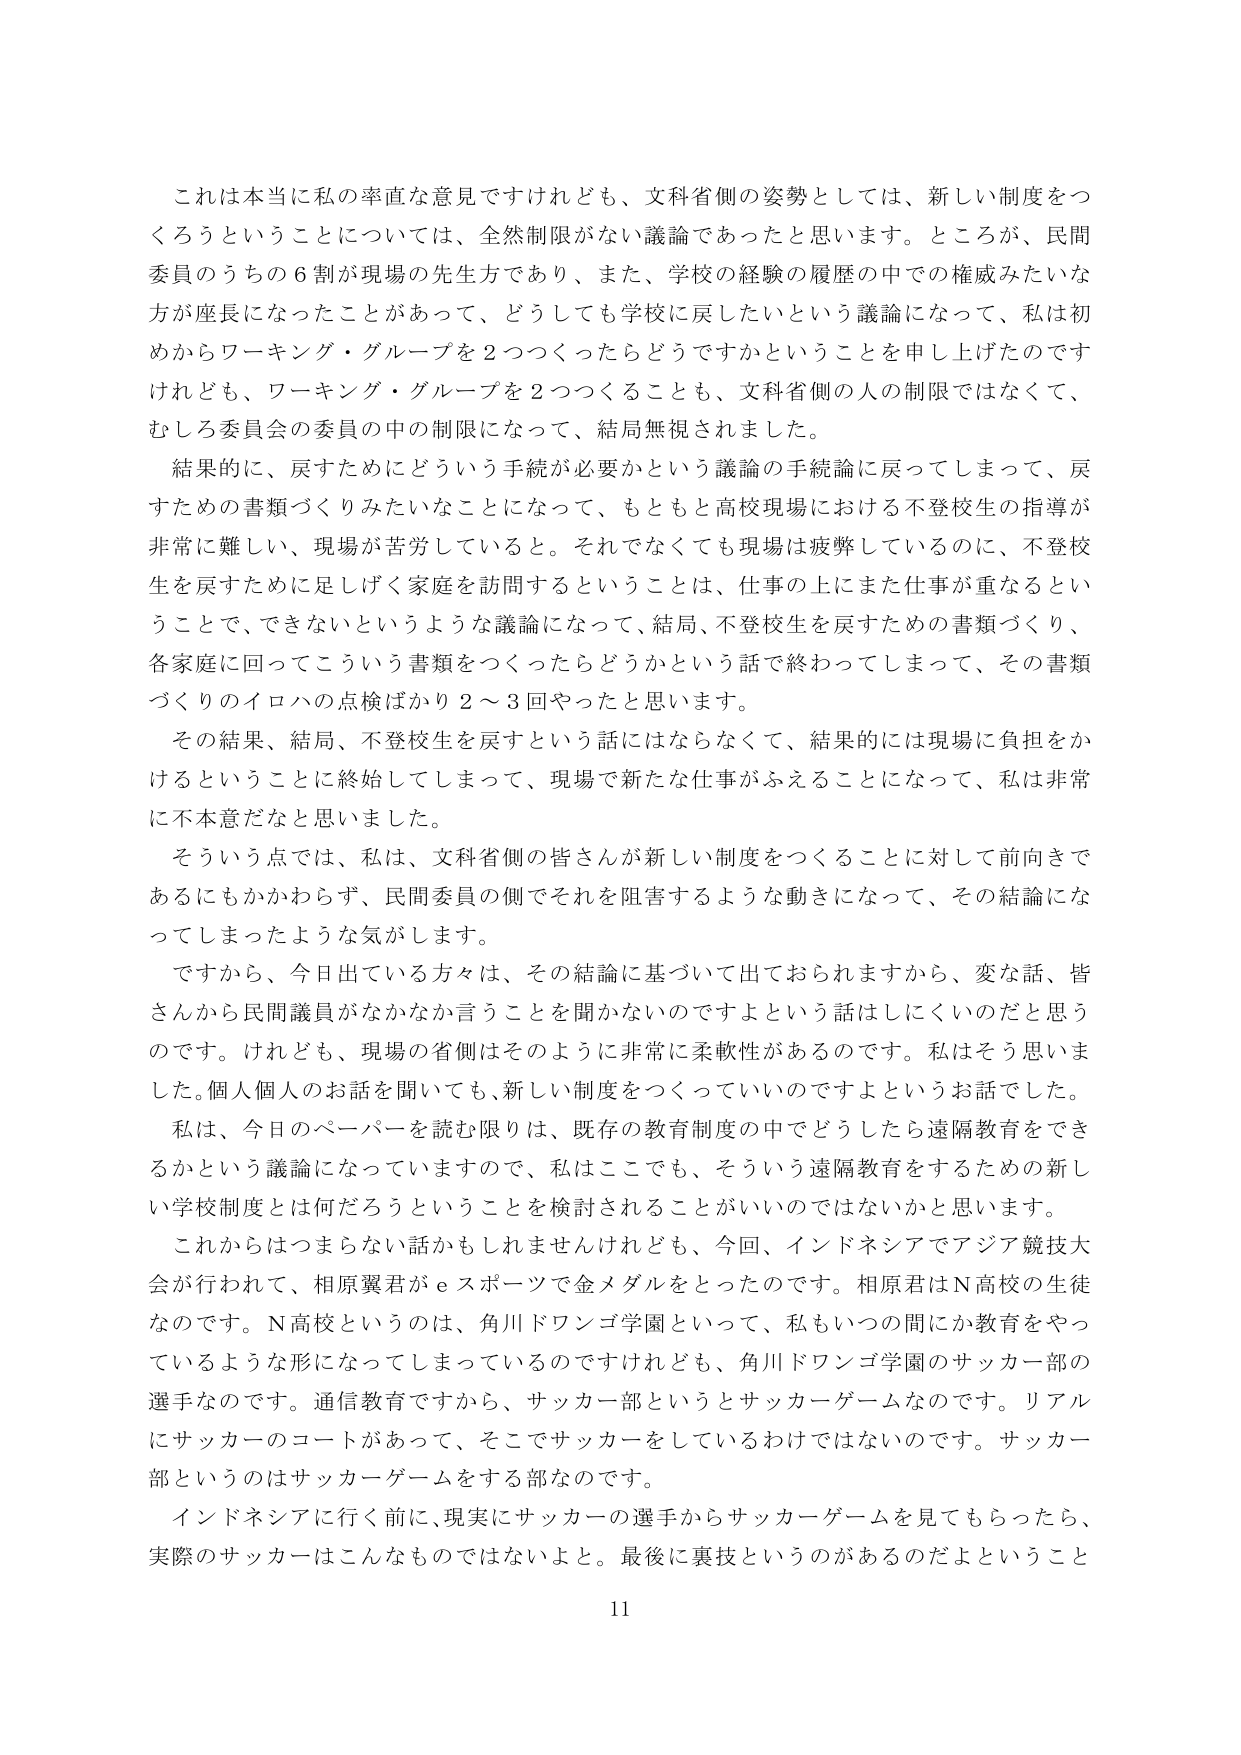
これは本当に私の率直な意見ですけれども、文科省側の姿勢としては、新しい制度をつくるということについては、全然制限がない議論であったと思います。ところが、民間委員のうちの６割が現場の先生方であり、また、学校の経験の履歴の中での権威みたいな方が座長になったことがあって、どうしても学校に戻したいという議論になって、私は初めからワーキング・グループを２つつくったらどうですかということを申し上げたのですけれども、ワーキング・グループを２つつくることも、文科省側の人の制限ではなくて、むしろ委員会の委員の中の制限になって、結局無視されました。

結果的に、戻すためにどういう手続が必要かという議論の手続論に戻ってしまって、戻すための書類づくりみたいなことになって、もともと高校現場における不登校生の指導が非常に難しい、現場が苦労していると。それでなくても現場は疲弊しているのに、不登校生を戻すために足しげく家庭を訪問するということは、仕事の上にまた仕事が重なるということで、できないというような議論になって、結局、不登校生を戻すための書類づくり、各家庭に回ってこういう書類をつくったらどうかという話で終わってしまって、その書類づくりのイロハの点検ばかり２～３回やったと思います。

その結果、結局、不登校生を戻すという話にはならなくて、結果的には現場に負担をかけるということに終始してしまって、現場で新たな仕事がふえることになって、私は非常に不本意だなと思いました。

そういう点では、私は、文科省側の皆さんが新しい制度をつくることに対して前向きであるにもかかわらず、民間委員の側でそれを阻害するような動きになって、その結論になってしまったような気がします。

ですから、今日出ている方々は、その結論に基づいて出ておられますから、変な話、皆さんから民間議員がなかなか言うことを聞かないのですよという話はしにくいのだと思うのです。けれども、現場の省側はそのように非常に柔軟性があるのです。私はそう思いました。個人個人のお話を聞いても、新しい制度をつくっていいのですよというお話でした。

私は、今日のペーパーを読む限りは、既存の教育制度の中でどうしたら遠隔教育をできるかという議論になっていますので、私はここでも、そういう遠隔教育をするための新しい学校制度とは何だろうということを検討されることがいいのではないかと思います。

これからはつまらない話かもしれませんが、今回、インドネシアでアジア競技大会が行われて、相原翼君がeスポーツで金メダルをとったのです。相原君はN高校の生徒なのです。N高校というのは、角川ドワンゴ学園といって、私もいつの間にか教育をやっているような形になってしまっているのですけれども、角川ドワンゴ学園のサッカー部の選手なのです。通信教育ですから、サッカー部というとサッカーゲームなのです。リアルにサッカーのコートがあって、そこでサッカーをしているわけではないのです。サッカー部というのはサッカーゲームをする部なのです。

インドネシアに行く前に、実際にサッカーの選手からサッカーゲームを見てもらったら、実際のサッカーはこんなものではないよと。最後に裏技というのがあるのだよということ

11